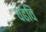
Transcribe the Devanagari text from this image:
चढविं